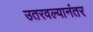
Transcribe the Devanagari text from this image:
उतरवल्यानंतर